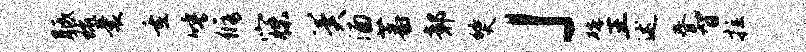
胝琉囊重唾修寐冀酒蕃鄣燹」碗主述春智拉